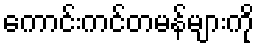
ကောင်းကင်တမန်များကို